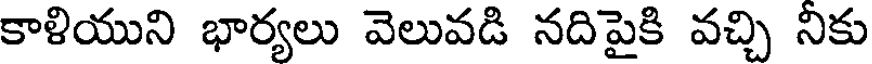
కాళియుని భార్యలు వెలువడి నదిపైకి వచ్చి నికు